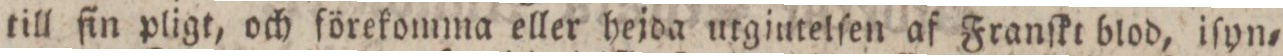
till fin pligt, och förekomma eller hejda utgiutelſen af Franſkt blod, iſyn=